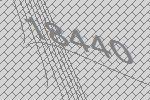
18440